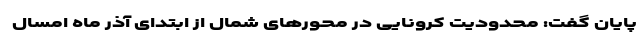
پایان گفت: محدودیت کرونایی در محورهای شمال از ابتدای آذر ماه امسال